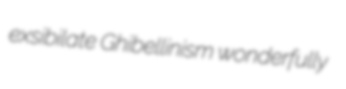
exsibilate Ghibellinism wonderfully